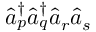
\hat { a } _ { p } ^ { \dagger } \hat { a } _ { q } ^ { \dagger } \hat { a } _ { r } \hat { a } _ { s }